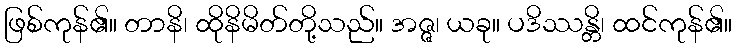
ဖြစ်ကုန်၏။ တာနိ၊ ထိုနိမိတ်တို့သည်။ အဇ္ဇ၊ ယခု။ ပဒိဿန္တိ၊ ထင်ကုန်၏။